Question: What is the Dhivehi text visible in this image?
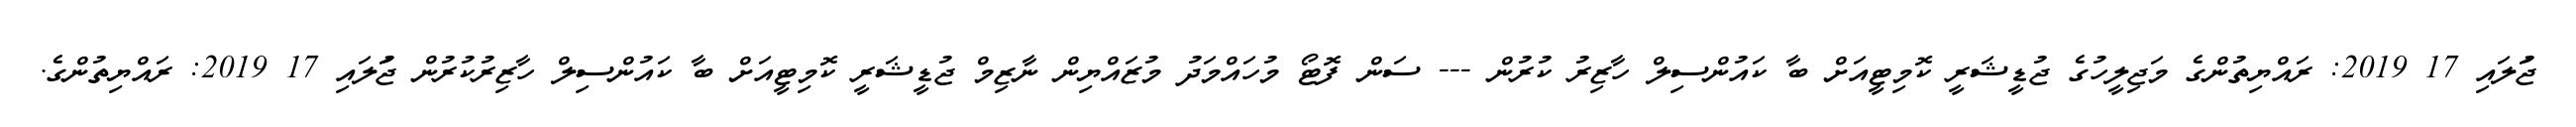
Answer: ޖުަލައި 17 2019: ރައްޔިތުންގެ މަޖިލީހުގެ ޖުޑީޝަރީ ކޮމިޓީއަށް ބާ ކައުންސިލް ހާޒިރު ކުރުން --- ސަން ފޮޓޯ މުހައްމަދު މުޒައްޔިން ނާޒިމް ޖުޑީޝަރީ ކޮމިޓީއަށް ބާ ކައުންސިލް ހާޒިރުކުރުން ޖުަލައި 17 2019: ރައްޔިތުންގެ.